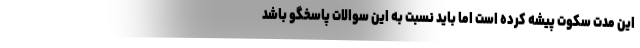
این مدت سکوت پیشه کرده است اما باید نسبت به این سوالات پاسخگو باشد